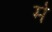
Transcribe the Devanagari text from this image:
र्मे